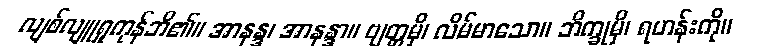
လျစ်လျူရှုကုန်ဘိ၏။ အာနန္ဒ၊ အာနန္ဒာ။ ဗျတ္တမှိ၊ လိမ်မာသော။ ဘိက္ခုမှိ၊ ရဟန်းကို။